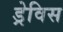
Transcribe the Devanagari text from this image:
ड्रेविस